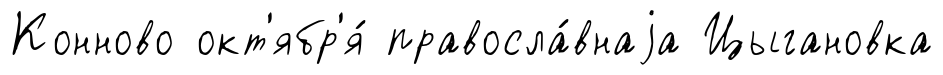
Конново окт'ябр'я́ правосла́внаjа Цыгановка